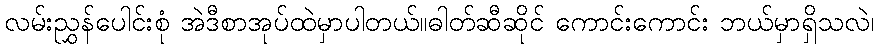
လမ်းညွှန်ပေါင်းစုံ အဲဒီစာအုပ်ထဲမှာပါတယ်။ဓါတ်ဆီဆိုင် ကောင်းကောင်း ဘယ်မှာရှိသလဲ၊